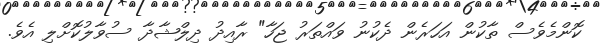
ކޮންމެވެސް ތާކުން އަހަރެން ދެކުނު ވައްތަރު ޖަހާ" ރާއިދު ދިލްޝާދާ ސުވާލުކޮށްލި އެވެ.